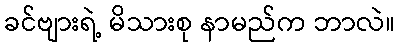
ခင်ဗျားရဲ့ မိသားစု နာမည်က ဘာလဲ။